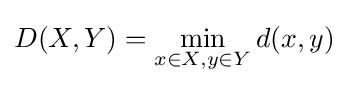
D(X,Y)=\min _{x\in X,y\in Y}d(x,y)